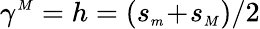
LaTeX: \gamma^{{\scriptscriptstyle M}}=h=(s_{{\scriptscriptstyle m}}\! +\! s_{{\scriptscriptstyle M}})/2